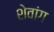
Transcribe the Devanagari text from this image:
शेवांग